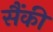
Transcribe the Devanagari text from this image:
सैंकी